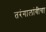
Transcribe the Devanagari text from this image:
तरंगालांबीचा